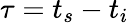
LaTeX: \tau=t_{s}-t_{i}